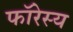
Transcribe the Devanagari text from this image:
फॉरेस्य